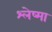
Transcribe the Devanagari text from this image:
श्‍लेष्‍मा